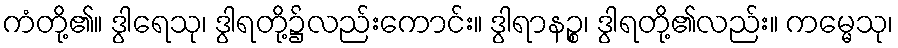
ကံတို့၏။ ဒွါရေသု၊ ဒွါရတို့၌လည်းကောင်း။ ဒွါရာနဉ္စ၊ ဒွါရတို့၏လည်း။ ကမ္မေသု၊